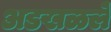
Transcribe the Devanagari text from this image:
अडखळले